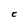
Character: C